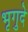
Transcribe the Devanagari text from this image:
भृगुदे